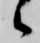
候